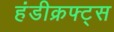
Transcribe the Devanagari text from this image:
हंडीक्रफ्ट्स